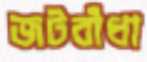
জটবাঁধা